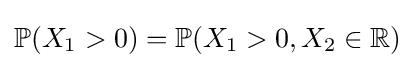
\mathbb {P} (X_{1}>0)=\mathbb {P} (X_{1}>0,X_{2}\in \mathbb {R} )